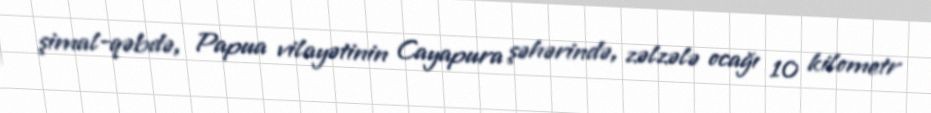
şimal-qəbdə, Papua vilayətinin Cayapura şəhərində, zəlzələ ocağı 10 kilometr